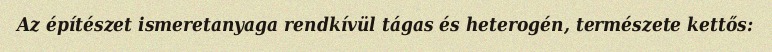
Az építészet ismeretanyaga rendkívül tágas és heterogén, természete kettős: